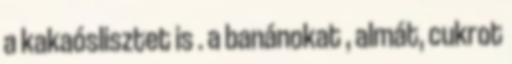
a kakaóslisztet is . a banánokat , almát, cukrot